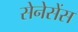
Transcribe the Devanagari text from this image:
सेनेसेंस